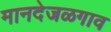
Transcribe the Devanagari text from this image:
मानदेजळगाव